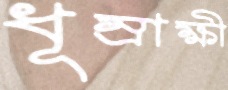
ধূম্রাক্ষী